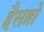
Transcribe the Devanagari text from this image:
हैसब्रो